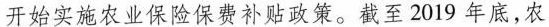
开始实施农业保险保费补贴政策。截至2019年底，农